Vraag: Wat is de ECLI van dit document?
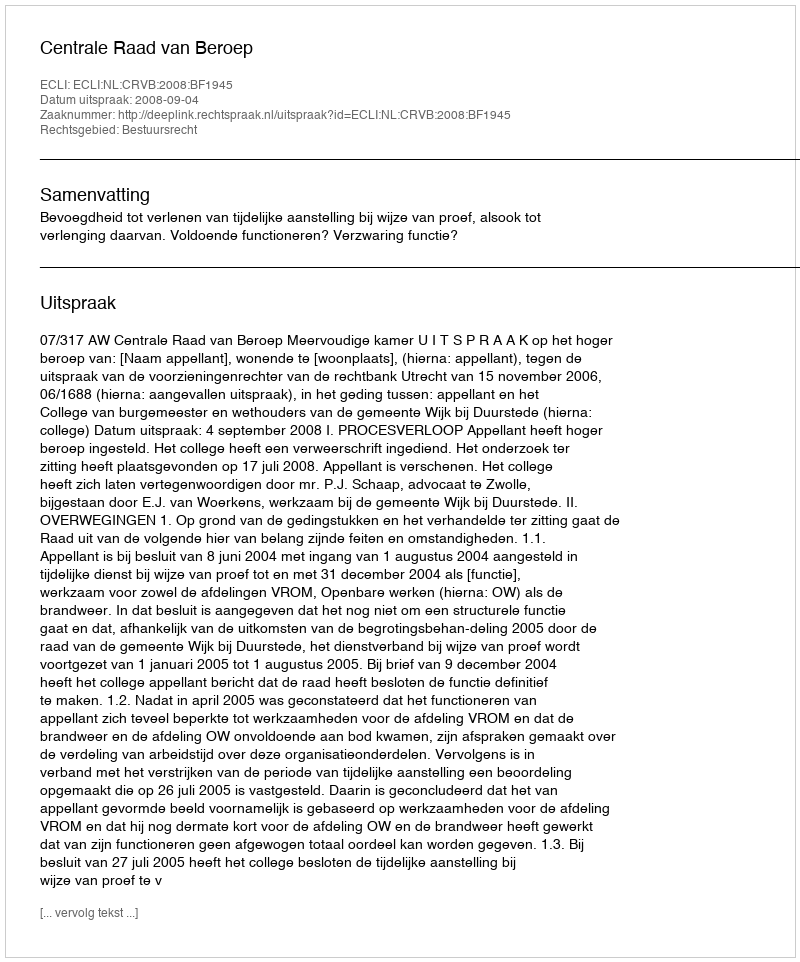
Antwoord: ECLI:NL:CRVB:2008:BF1945